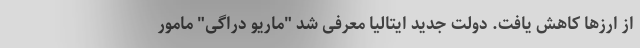
از ارزها کاهش یافت. دولت جدید ایتالیا معرفی شد "ماریو دراگی" مامور